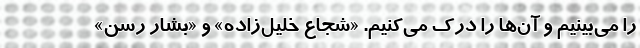
را می‌بینیم و آن‌ها را درک می‌کنیم. «شجاع خلیل‌زاده» و «بشار رسن»